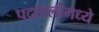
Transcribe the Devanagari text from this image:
पदावलीमध्ये